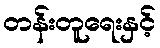
တန်းတူရေးနှင့်